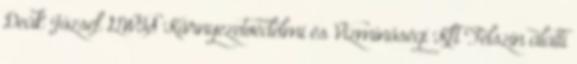
Deák József GWIS Környezetvédelmi és Vízminőségi Kft Felszín alatti